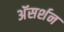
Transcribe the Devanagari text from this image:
अॅसर्शन